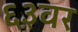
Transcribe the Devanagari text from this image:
६३वर